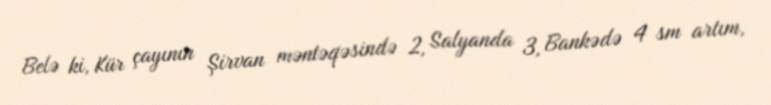
Belə ki, Kür çayının Şirvan məntəqəsində 2, Salyanda 3, Bankədə 4 sm artım,